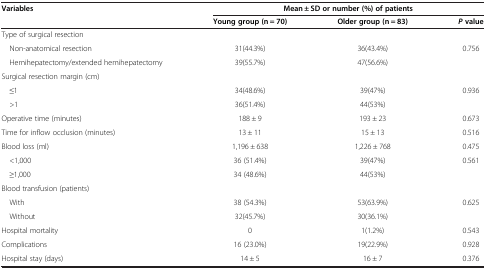
| <ROWSPAN=2> Variables | <COLSPAN=3> Mean ± SD or number (%) of patients |
 | Young group (n = 70) | Older group (n = 83) | P value |
 | --- | --- | --- | --- |
 | Type of surgical resection |  |  |  |
 | Non-anatomical resection | 31(44.3%) | 36(43.4%) | <ROWSPAN=2> 0.756 |
 | Hemihepatectomy/extended hemihepatectomy | 39(55.7%) | 47(56.6%) |
 | Surgical resection margin (cm) |  |  |  |
 | ≤1 | 34(48.6%) | 39(47%) | 0.936 |
 | >1 | 36(51.4%) | 44(53%) |  |
 | Operative time (minutes) | 188 ± 9 | 193 ± 23 | 0.673 |
 | Time for inflow occlusion (minutes) | 13 ± 11 | 15 ± 13 | 0.516 |
 | Blood loss (ml) | 1,196 ± 638 | 1,226 ± 768 | 0.475 |
 | <1,000 | 36 (51.4%) | 39(47%) | 0.561 |
 | ≥1,000 | 34 (48.6%) | 44(53%) |  |
 | Blood transfusion (patients) |  |  |  |
 | With | 38 (54.3%) | 53(63.9%) | 0.625 |
 | Without | 32(45.7%) | 30(36.1%) |  |
 | Hospital mortality | 0 | 1(1.2%) | 0.543 |
 | Complications | 16 (23.0%) | 19(22.9%) | 0.928 |
 | Hospital stay (days) | 14 ± 5 | 16 ± 7 | 0.376 |